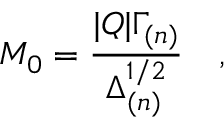
M _ { 0 } = \frac { | Q | \Gamma _ { ( n ) } } { \Delta _ { ( n ) } ^ { 1 / 2 } } \quad ,